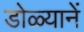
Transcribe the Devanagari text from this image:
डोळ्यानें